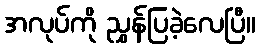
အလုပ်ကို ညွှန်ပြခဲ့လေပြီ။